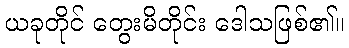
ယခုတိုင် တွေးမိတိုင်း ဒေါသဖြစ်၏။